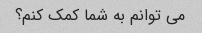
می توانم به شما کمک کنم؟